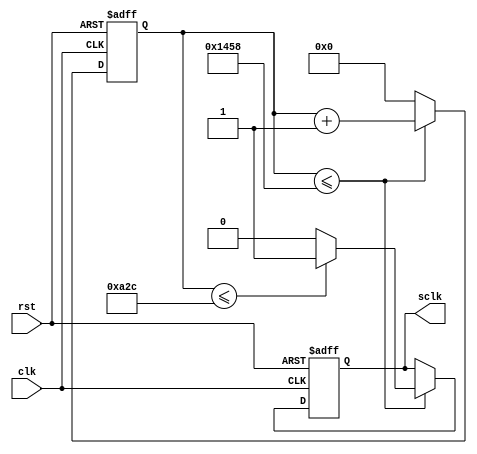

module speed_select(clk,sclk,rst);
input clk;
input rst;
output sclk;
reg sclk;
reg [12:0] count;

always@(posedge clk or negedge rst)
begin
  if(!rst)
  begin
    count<=13'b0_0000_0000_0000;
    sclk<=1'b0;
  end
  else
  begin
  if(count<=5208)
  begin
    count<=count+13'b0_0000_0000_0001;
    if(count<=2604)
      sclk<=1'b1;
    else
      sclk<=1'b0;
  end
  else
    count<=13'b0_0000_0000_0000;
  end
 end
 endmodule